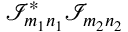
\mathcal { I } _ { m _ { 1 } n _ { 1 } } ^ { * } \mathcal { I } _ { m _ { 2 } n _ { 2 } }